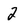
Character: 2